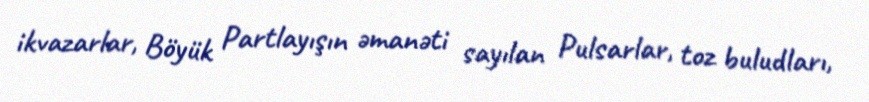
ikvazarlar, Böyük Partlayışın əmanəti sayılan Pulsarlar, toz buludları,